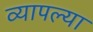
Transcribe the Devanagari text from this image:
व्यापल्या